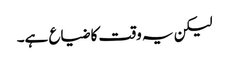
لیکن یہ وقت کا ضیاع ہے۔